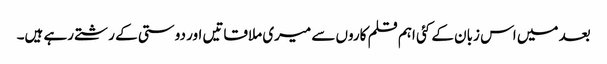
بعد میں اس زبان کے کئی اہم قلم کاروں سے میری ملاقاتیں اور دوستی کے رشتے رہے ہیں۔